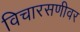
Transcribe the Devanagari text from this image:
विचारसणीवर